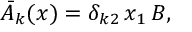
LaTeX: { \bar { A } } _ { k } ( x ) = \delta _ { k 2 } \, x _ { 1 } \, B ,